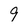
Character: 9